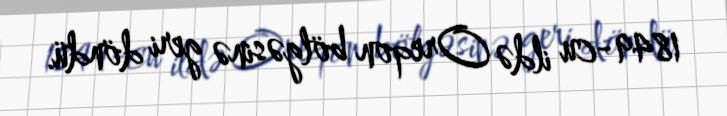
1849-cu ildə Oreqon bölgəsinə geri döndü.